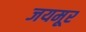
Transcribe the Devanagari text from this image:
जयमूर